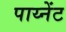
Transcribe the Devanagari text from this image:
पाय्नेंट